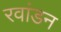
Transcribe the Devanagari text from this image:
रवांडन